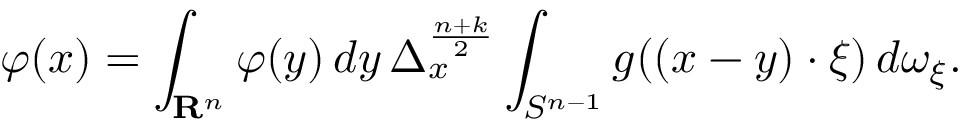
\varphi ( x ) = \int _ { \mathbf { R } ^ { n } } \varphi ( y ) \, d y \, \Delta _ { x } ^ { \frac { n + k } { 2 } } \int _ { S ^ { n - 1 } } g ( ( x - y ) \cdot \xi ) \, d \omega _ { \xi } .